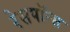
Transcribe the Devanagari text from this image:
रेसपॉन्स